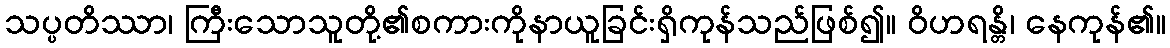
သပ္ပတိဿာ၊ ကြီးသောသူတို့၏စကားကိုနာယူခြင်းရှိကုန်သည်ဖြစ်၍။ ဝိဟရန္တိ၊ နေကုန်၏။